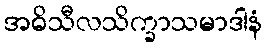
အဓိသီလသိက္ခာသမာဒါနံ